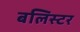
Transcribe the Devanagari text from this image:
बलिस्टर